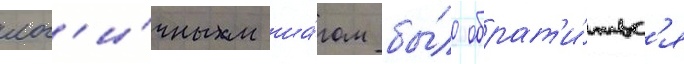
лог'и́чным ша́гом бы́ло обрат'и́тьс'я